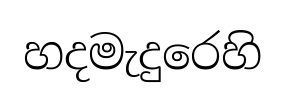
හදමැදුරෙහි